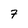
Character: 7